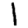
Digit: 1